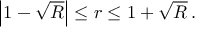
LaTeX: \left| 1 - \sqrt { R } \right| \leq r \leq 1 + \sqrt { R } \, .